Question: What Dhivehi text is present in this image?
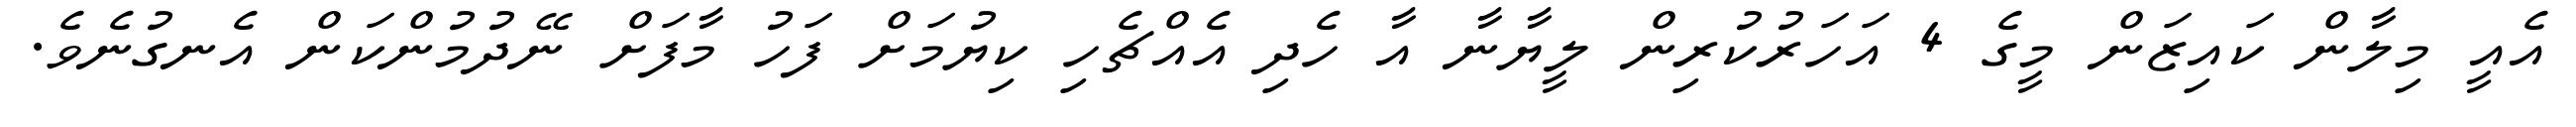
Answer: އެއީ މިލާން ކައިޒަން މީގެ 4 އަހަރުކުރިން ލީޔާނާ އާ ހެދި އެއްޗެހި ކިޔުމަށް ފަހު މާފަށް ނޭދުމުންކަން އެނގުނެވެ.